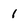
Character: 1